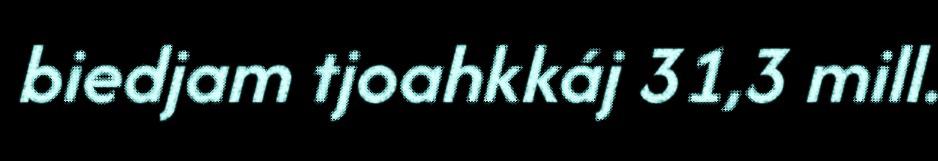
biedjam tjoahkkáj 31,3 mill.